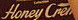
Honey Cre